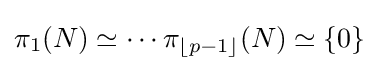
\pi _{1}(N)\simeq \dotsb \pi _{\lfloor p-1\rfloor }(N)\simeq \{0\}